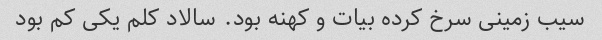
سیب زمینی سرخ کرده بیات و کهنه بود. سالاد کلم یکی کم بود